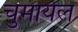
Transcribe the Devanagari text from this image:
चुमायेल